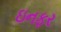
ઇનફર